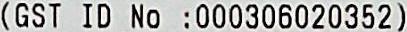
(GST ID NO :000306020352)